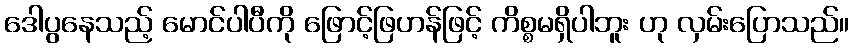
ဒေါပွနေသည့် မောင်ပါပီကို ဖြောင့်ဖြဟန်ဖြင့် ကိစ္စမရှိပါဘူး ဟု လှမ်းပြောသည်။